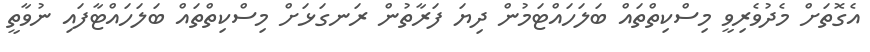
އެގޮތަށް މެދުވެރިވީ މިސްކިތްތައް ބަލަހައްޓަމުން ދިޔަ ފަރާތުން ރަނގަޅަށް މިސްކިތްތައް ބަލަހައްޓާފައި ނުވާތީ